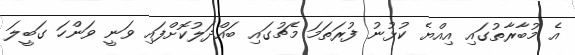
އެ މުބާރާތުގައި އިއްޔެ ކުޅުނު ފުރަތަމަ މެޗުގައި ބައްދަލުކޮށްފައި ވަނީ ވަންހަ ގަބީލަ